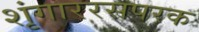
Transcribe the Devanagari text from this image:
शृंगाररसपरक